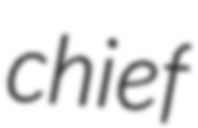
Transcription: chief